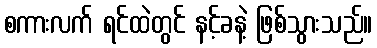
စကားလက် ရင်ထဲတွင် နင့်ခနဲ့ ဖြစ်သွားသည်။